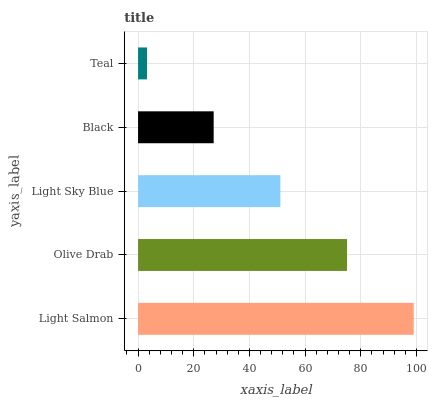
| yaxis_label | bars |
 | --- | --- |
 | Light Salmon | 99 |
 | Olive Drab | 75.1 |
 | Light Sky Blue | 51.1 |
 | Black | 27.2 |
 | Teal | 3.21 |